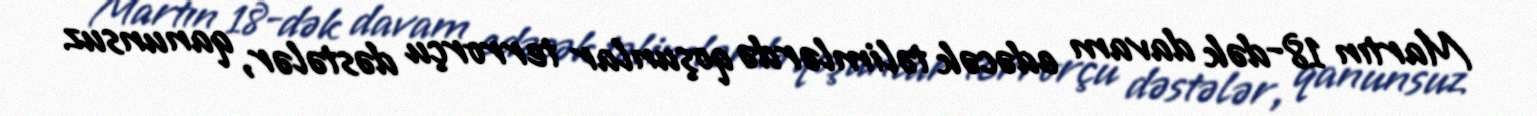
Martın 18-dək davam edəcək təlimlərdə qoşunlar terrorçu dəstələr, qanunsuz